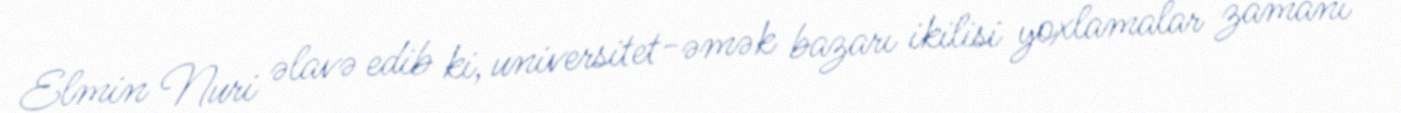
Elmin Nuri əlavə edib ki, universitet-əmək bazarı ikilisi yoxlamalar zamanı